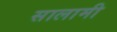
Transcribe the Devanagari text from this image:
सालामी